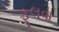
ફૂલવા